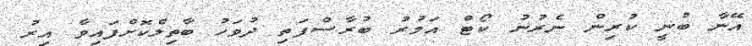
އޭނާ ބުނީ ކުރިން ނެރުނު ކޯޓް އަމުރު ބުރާސްފަތި ދުވަހު ބާތިލްކޮށްފައިވާ އިރު